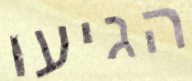
הגיעו